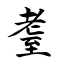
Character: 耋